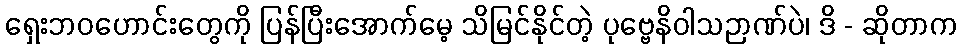
ရှေးဘဝဟောင်းတွေကို ပြန်ပြီးအောက်မေ့ သိမြင်နိုင်တဲ့ ပုဗ္ဗေနိဝါသဉာဏ်ပဲ၊ ဒိ - ဆိုတာက